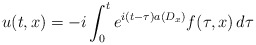
\begin{align*}u(t,x)=-i\int^t_0e^{i(t-\tau)a(D_x)}f(\tau,x)\,d\tau\end{align*}